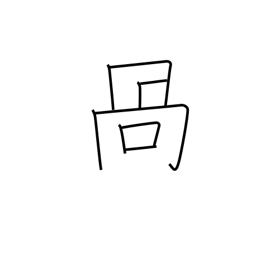
Meaning: crooked mouth